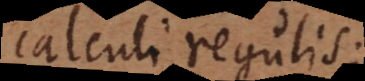
calculi regulis;